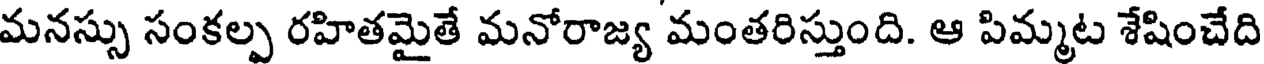
మనస్సు సంకల్ప రహితమైతే మనోరాజ్య మంతరిస్తుంది. ఆ పిమ్మట శేషించేది